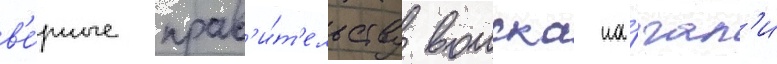
в'е́рные прав'и́т'ельству воиска на́чал'и